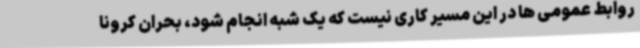
روابط عمومی ها در این مسیر کاری نیست که یک شبه انجام شود، بحران کرونا